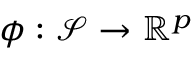
\phi : \mathcal { S } \rightarrow \mathbb { R } ^ { p }